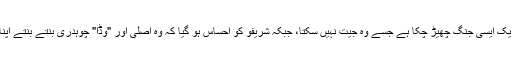
شرفو کو احساس ہو گیا کہ وہ ایک ایسی جنگ چھیڑ چکا ہے جسے وہ جیت نہیں سکتا، جبکہ شریفو کو احساس ہو گیا کہ وہ اصلی اور "وڈا" چوہدری بنتے بنتے اپنا سب کچھ دائو پر لگا چکا ہے۔